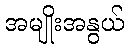
အမျိုးအနွယ်